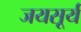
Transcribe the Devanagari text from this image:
जयसूर्य